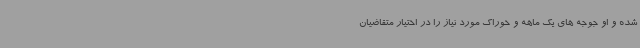
شده و او جوجه های یک ماهه و خوراک مورد نیاز را در اختیار متقاضیان